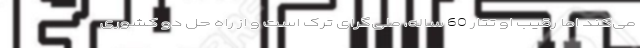
می‌کند اما رقیب او تتار 60 ساله، ملی‌گرای ترک است و از راه حل دو کشوری